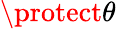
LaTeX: \protect\theta